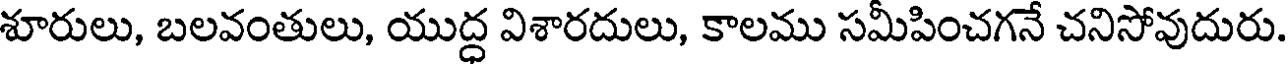
శూరులు, బలవంతులు, యుద్ధ విశారదులు, కాలము సమీపించగనే చనిసోవుదురు